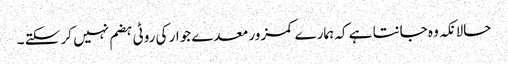
حالانکہ وہ جانتا ہے کہ ہمارے کمزور معدے جوار کی روٹی ہضم نہیں کر سکتے ۔